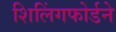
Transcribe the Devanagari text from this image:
शिलिंगफोर्डने